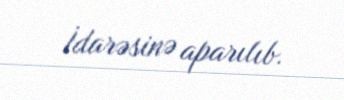
İdarəsinə aparılıb.